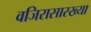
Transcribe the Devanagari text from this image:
वजिरासारख्या